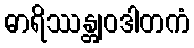
ဓာရိဿန္တျဝဒါတကံ